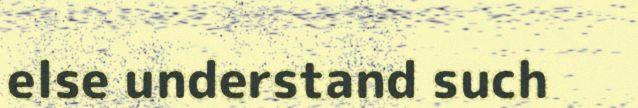
else understand such